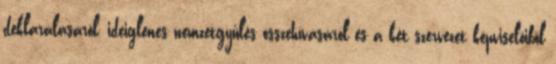
deklarálásáról, ideiglenes nemzetgyûlés összehívásáról és a két szervezet képviselõibõl